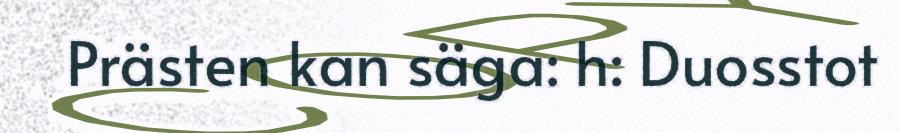
Prästen kan säga: h: Duosstot